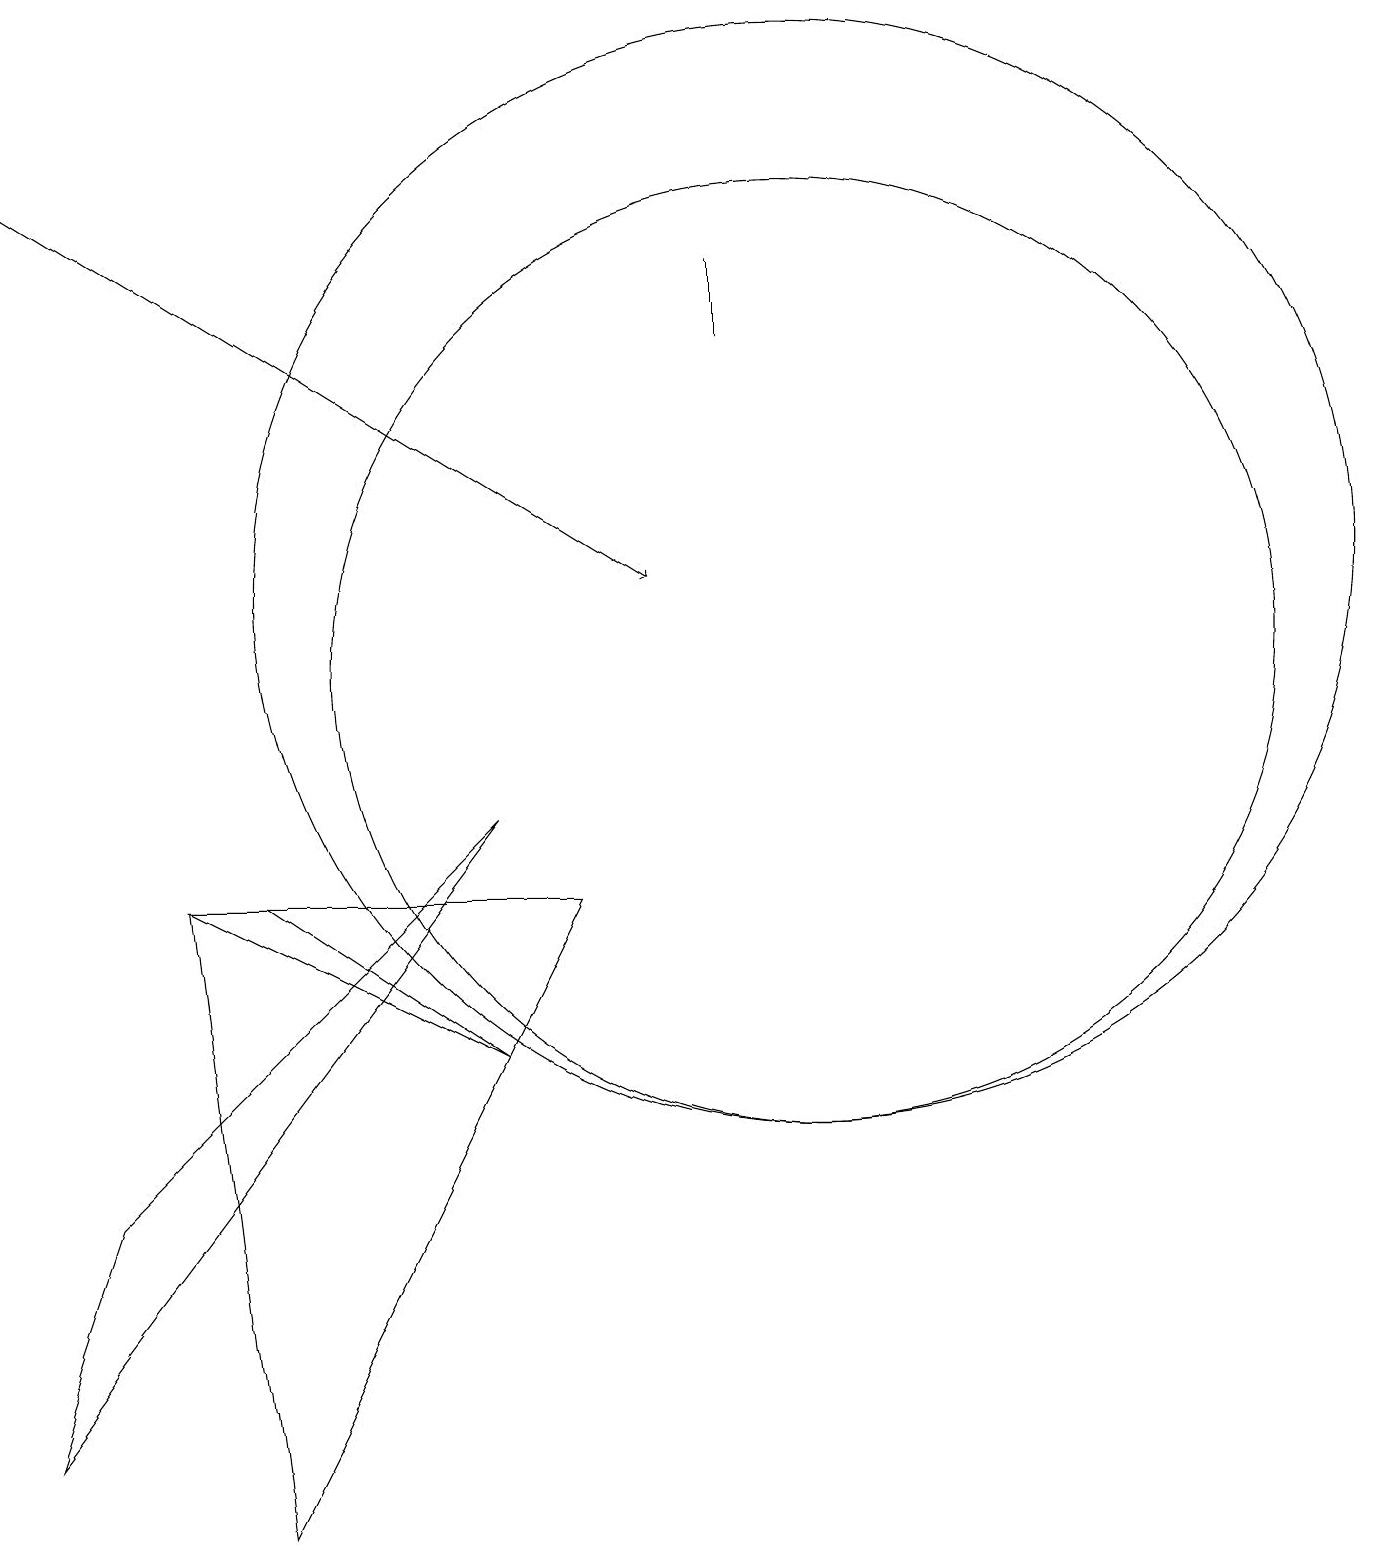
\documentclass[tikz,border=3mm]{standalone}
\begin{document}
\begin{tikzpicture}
\draw (9,15) rectangle (9,16);
\draw (10,11) circle (6);
\draw (3,0) -- (2,8) -- (7,8) -- cycle;
\draw (1,4) -- (0,1) -- (6,9) -- cycle;
\draw (6,6) -- (3,8) -- (2,8) -- cycle;
\draw[->] (0,17) -- (8,12);
\draw (10,12) circle (7);
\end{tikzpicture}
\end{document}